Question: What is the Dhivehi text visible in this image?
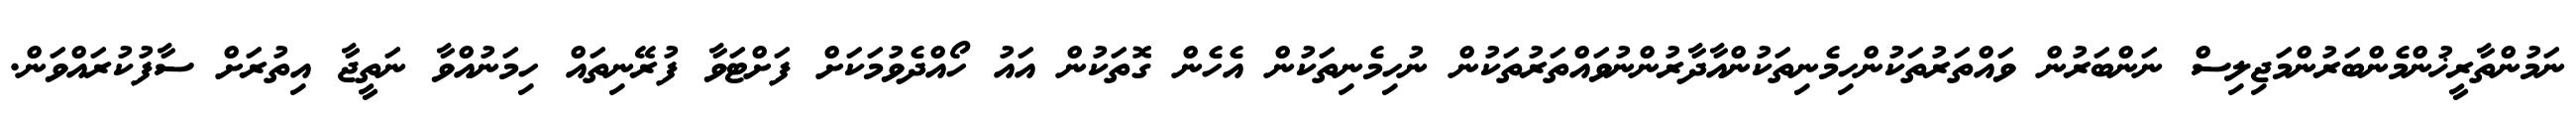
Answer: ނަމުންތާރީޚުންމެންބަރުންމަޖިލިސް ނަންބަރުން ވައްތަރުތަކުންހިމެނިތަކުންއާދާރުންނުވައްތަރުތަކުން ނުހިމެނިތަކުން އެހެން ގޮތަކުން އައު ހޯއްދެވުމަކަށް ފަށްޓަވާ ފުރޭނިތައް ހިމަނުއްވާ ނަތީޖާ އިތުރަށް ސާފުކުރައްވަން.